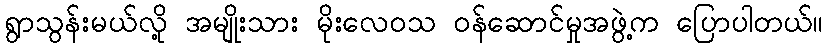
ရွာသွန်းမယ်လို့ အမျိုးသား မိုးလေဝသ ဝန်ဆောင်မှုအဖွဲ့က ပြောပါတယ်။